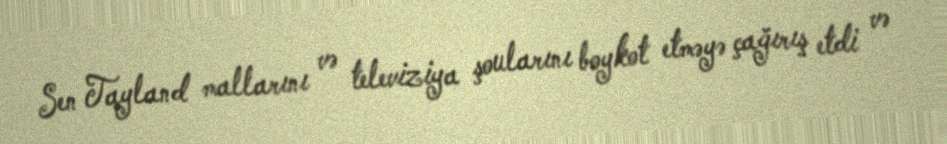
Sen Tayland mallarını və televiziya şoularını boykot etməyə çağırış etdi və